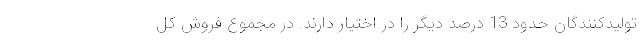
تولیدکنندگان حدود 13 درصد دیگر را در اختیار دارند. در مجموع فروش کل